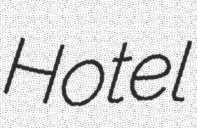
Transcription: Hotel